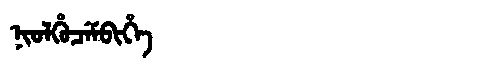
Manchu: ᠨᡳᠣᠯᡥᡠᠴᡝᠮᠪᡳᡥᡝ
Romanization: NIOLHUCEMBIHE